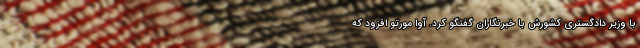
با وزیر دادگستری کشورش با خبرنگاران گفتگو کرد. آوا مورتو افزود که